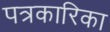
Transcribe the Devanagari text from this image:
पत्रकारिका